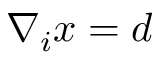
\nabla _ { i } x = d